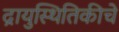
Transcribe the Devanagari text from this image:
द्रायुस्थितिकीचे